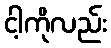
ငါ့ကိုလည်း